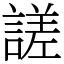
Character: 𧪘